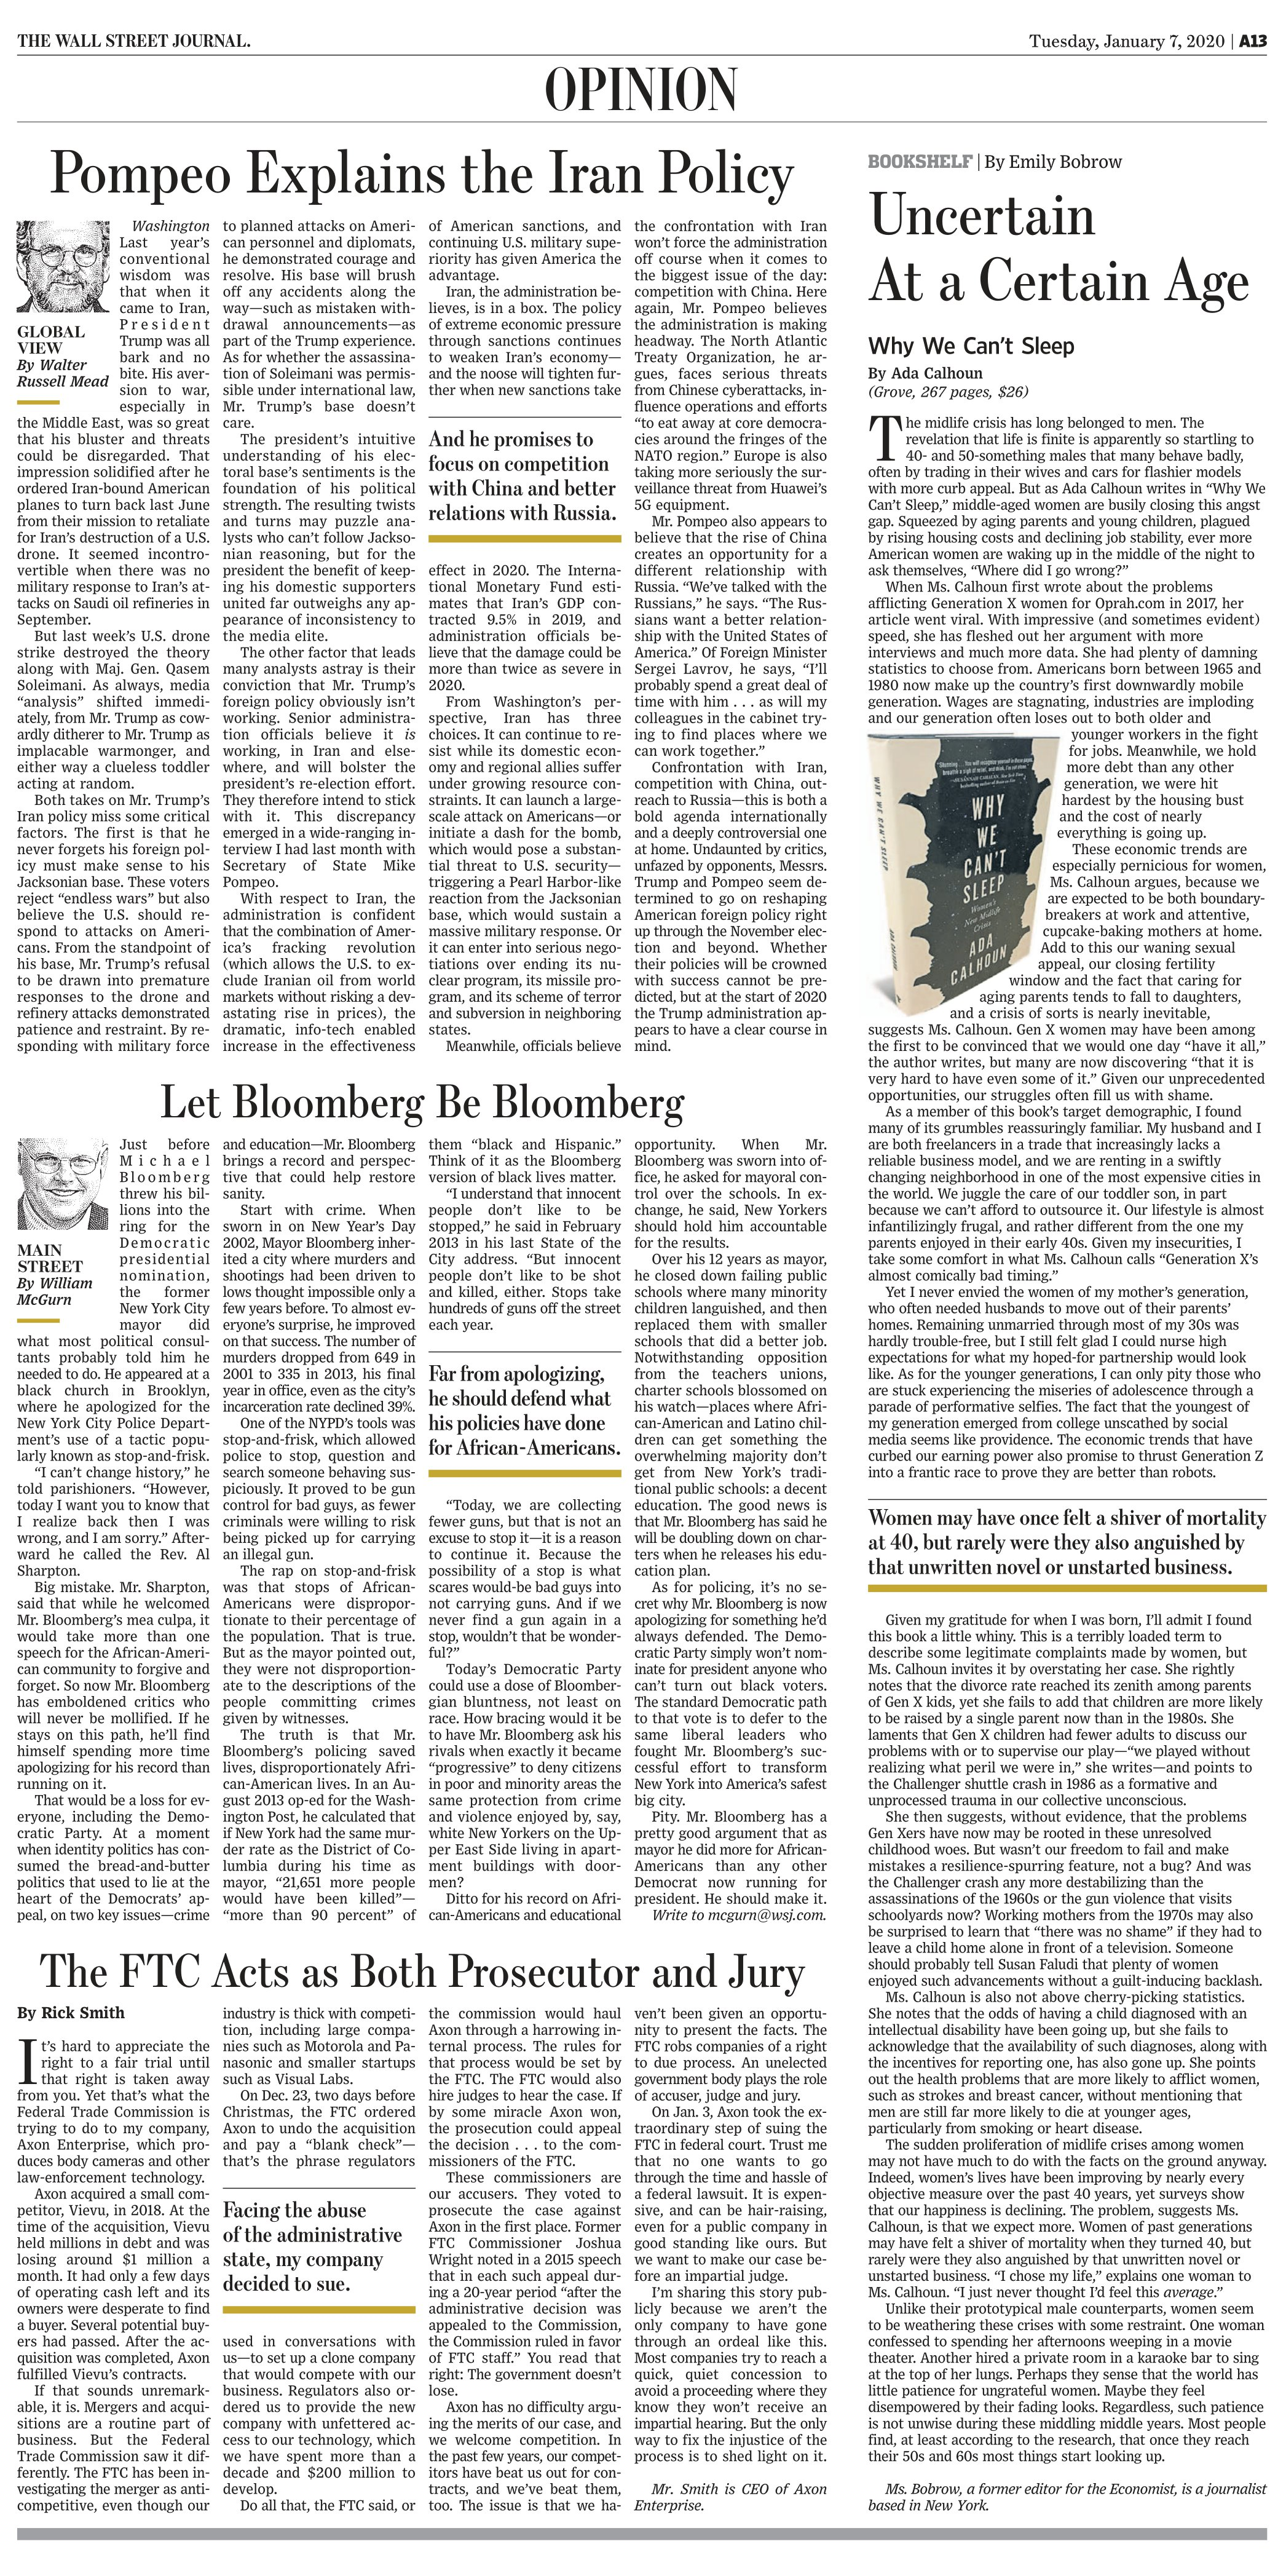
Language: en